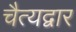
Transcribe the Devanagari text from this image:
चैत्यद्वार